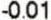
-0.01